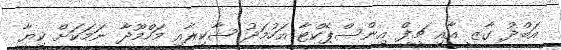
އަބްދު ގާޒީ އާއި ޗީފް އިންސްޕެކްޓާ އަހުމަދު ޝާކިރާއި މަހްމޫދާ ނަމަކަށް ކިޔާ